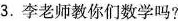
3.李老师教你们数学吗?